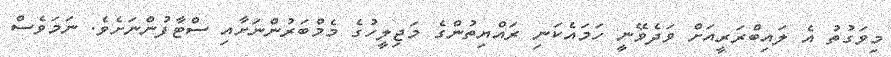
މިވަގުތު އެ ލައިބްރަރީއަށް ވަދެވޭނީ ހަމައެކަނި ރައްޔިތުންގެ މަޖިލީހުގެ މެމްބަރުންނަށާއި ސްޓާފުންނަށެވެ. ނަމަވެސް